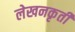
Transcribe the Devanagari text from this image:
लेखनकृती